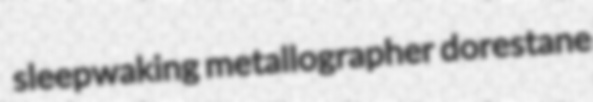
sleepwaking metallographer dorestane